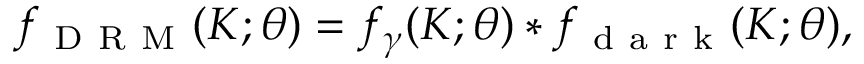
f _ { \mathrm { ~ D ~ R ~ M ~ } } ( K ; \theta ) = f _ { \gamma } ( K ; \theta ) * f _ { \mathrm { ~ d ~ a ~ r ~ k ~ } } ( K ; \theta ) ,